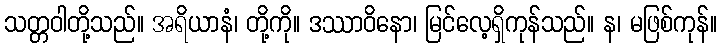
သတ္တဝါတို့သည်။ အရိယာနံ၊ တို့ကို။ ဒဿာဝိနော၊ မြင်လေ့ရှိကုန်သည်။ န၊ မဖြစ်ကုန်။